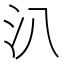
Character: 汃